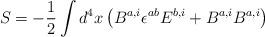
LaTeX: \begin{align*}S=-{1\over 2}\int d^4x \left( B^{a,i}\epsilon^{ab}E^{b,i} + B^{a,i}B^{a,i}\right)\end{align*}